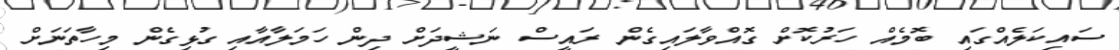
ސައިކަލެއްގައި ބޮމެއް ހަރުކޮށް ގޮއްވާލައިގެން ރައީސް ނަޝީދަށް ދިން ހަމަލާއާއި ގުޅިގެން މިހާތަނަށް